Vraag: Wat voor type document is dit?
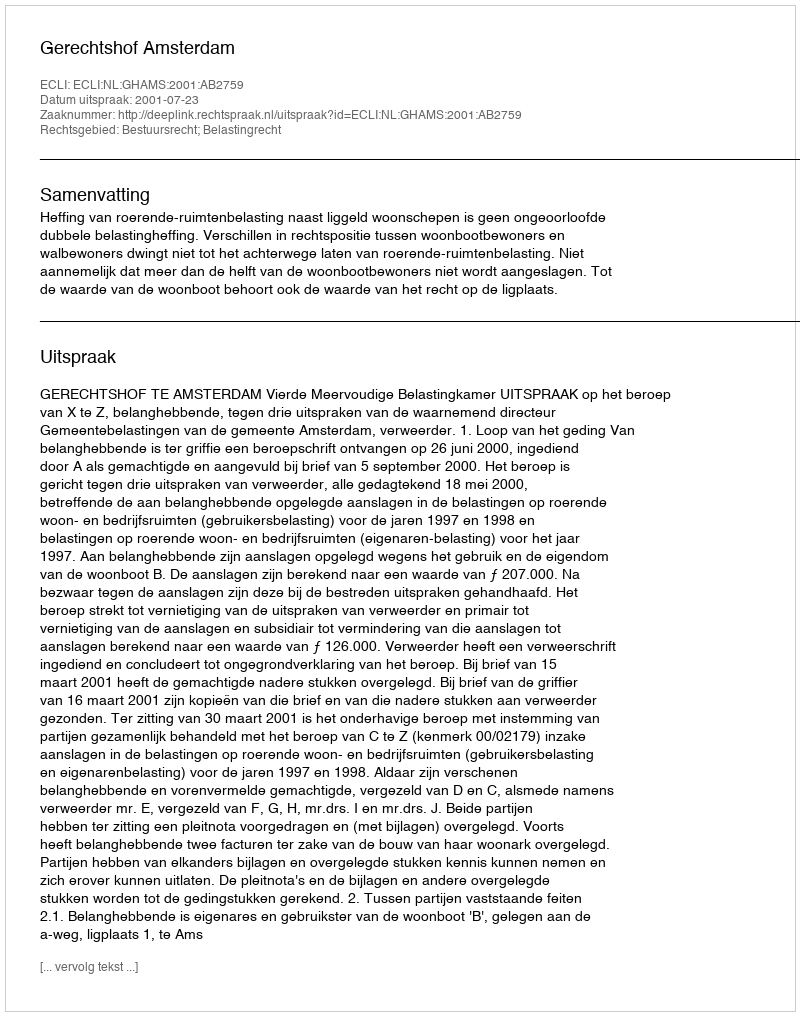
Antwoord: Uitspraak